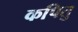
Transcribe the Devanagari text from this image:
कपितु